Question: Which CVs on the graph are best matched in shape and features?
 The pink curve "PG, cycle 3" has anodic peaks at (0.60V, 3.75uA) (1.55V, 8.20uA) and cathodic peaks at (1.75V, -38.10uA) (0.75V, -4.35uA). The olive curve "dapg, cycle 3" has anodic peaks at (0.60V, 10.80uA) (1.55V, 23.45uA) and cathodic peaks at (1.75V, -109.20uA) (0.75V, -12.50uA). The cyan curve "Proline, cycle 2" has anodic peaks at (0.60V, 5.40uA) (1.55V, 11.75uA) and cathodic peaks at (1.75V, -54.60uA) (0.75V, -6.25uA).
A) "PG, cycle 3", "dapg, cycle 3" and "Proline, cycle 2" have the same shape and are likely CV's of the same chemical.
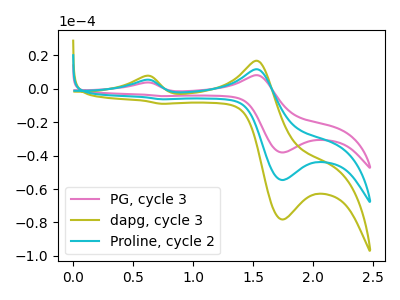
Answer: <think>All the peaks in "PG, cycle 3" have a peak in "dapg, cycle 3" at the same potential. Every peak in "PG, cycle 3" is lower than every peak in "dapg, cycle 3". All the peaks in "PG, cycle 3" have a peak in "Proline, cycle 2" at the same potential. Every peak in "PG, cycle 3" is lower than every peak in "Proline, cycle 2". All the peaks in "dapg, cycle 3" have a peak in "Proline, cycle 2" at the same potential. Every peak in "dapg, cycle 3" is higher than every peak in "Proline, cycle 2".
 </think>
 <answer>A) "PG, cycle 3", "dapg, cycle 3" and "Proline, cycle 2" have the same shape and are likely CV's of the same chemical.</answer>
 <eval>A</eval>